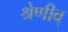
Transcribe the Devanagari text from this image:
श्रेणीव्